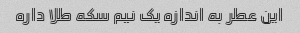
این عطر به اندازه یک نیم سکه طلا داره